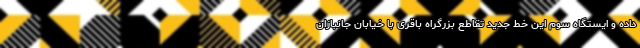
داده و ایستگاه سوم این خط جدید تقاطع بزرگراه باقری با خیابان جانبازان